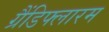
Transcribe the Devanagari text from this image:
ग्रैंडिफ्लारम